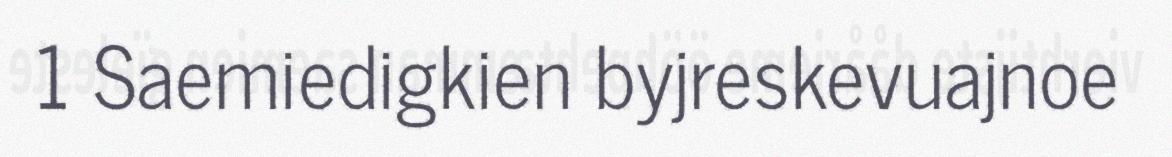
1 Saemiedigkien byjreskevuajnoe